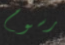
رسوم